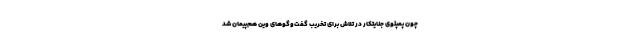
چون پمپئوی جنایتکار در تلاش برای تخریب گفت‌وگوهای وین هم‌پیمان شد